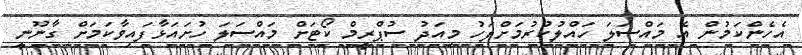
އެހެންކަމުން އެ މައްސަލަ ހައްލުކުރުމަށްފަހު މިއަދު ސުޕްރީމް ކޯޓަށް މައްސަލަ ހުށައަޅާފައިވާކަމަށް ގާނޫނީ